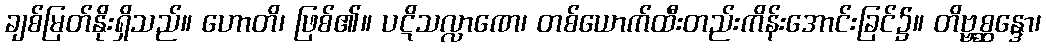
ချစ်မြတ်နိုးရှိသည်။ ဟောတိ၊ ဖြစ်၏။ ပဋိသလ္လာဏေ၊ တစ်ယောက်ထီးတည်းကိန်းအောင်းခြင်၌။ တိဗ္ဗစ္ဆန္ဒော၊